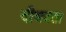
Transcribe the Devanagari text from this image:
दीधदता